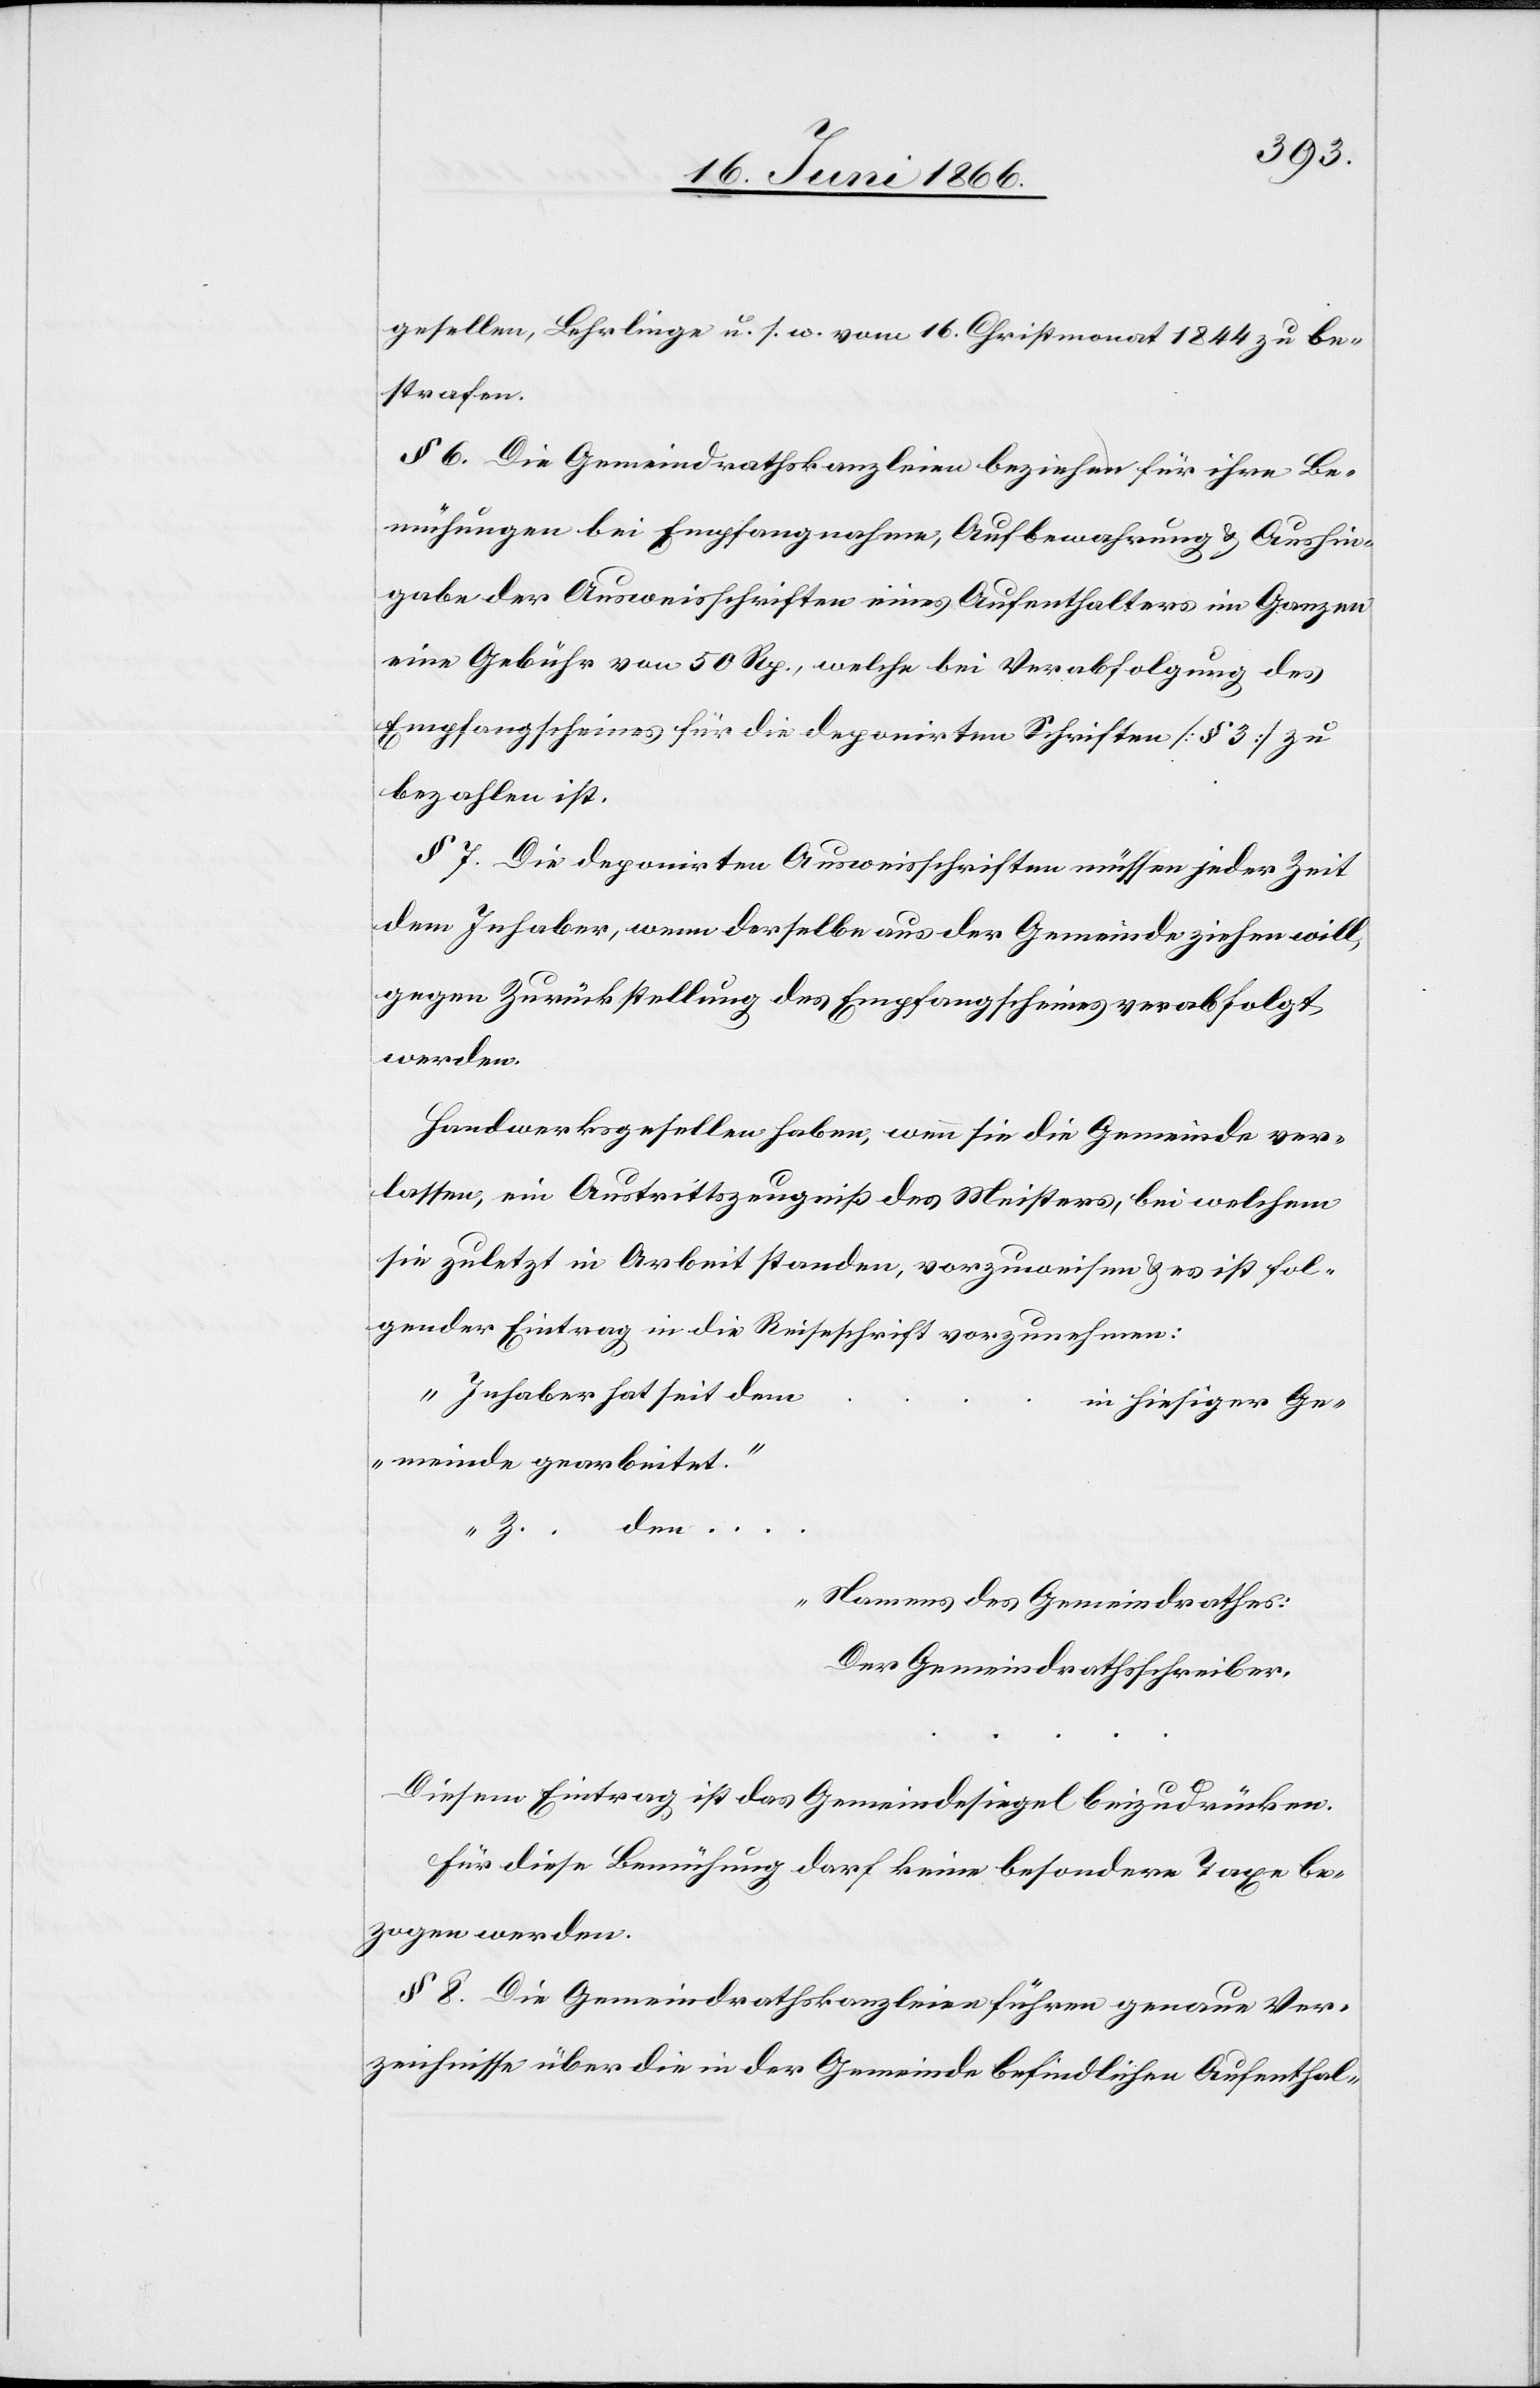
gesellen, Lehrlinge u. s. w. vom 16. Christmonat 1844 zu be¬
strafen.
§ 6 Die Gemeindrathskanzleien beziehen für ihre Be¬
mühungen bei Empfangnahme, Aufbewahrung u. Aushin¬
gabe der Ausweisschriften eines Aufenthalters im Ganzen
eine Gebühr von 50 Rp., welche bei Verabfolgung des
Empfangscheines für die deponirten Schriften [§ 3] zu
bezahlen ist.
§ 7. Die deponirten Ausweisschriften müssen jeder Zeit
dem Inhaber, wenn derselbe aus der Gemeinde ziehen will,
gegen Zurückstellung des Empfangscheines verabfolgt
werden.
Handwerksgesellen haben, wenn sie die Gemeinde ver¬
lassen, ein Austrittszeugniß des Meisters, bei welchem
sie zuletzt in Arbeit standen, vorzuweisen u. es ist fol¬
gender Eintrag in die Reinschrift vorzunehmen:
„Inhaber hat seit dem
in hiesiger Ge¬
meinde gearbeitet.
den
…
Namens des Gemeindrathes:
Der Gemeindrathsschreiber,
Diesem Eintrag ist das Gemeindesiegel beizudrücken.
Für diese Bemühung darf keine besondere Taxe be¬
zogen werden.
§ 8. Die Gemeindrathskanzleien führen genaue Ver¬
zeichnisse über die in der Gemeinde befindlichen Aufenthal-